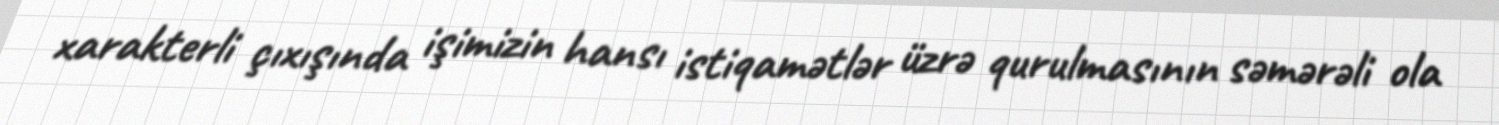
xarakterli çıxışında işimizin hansı istiqamətlər üzrə qurulmasının səmərəli ola